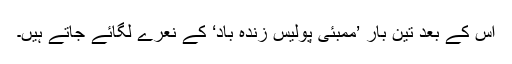
اس کے بعد تین بار ’ممبئی پولیس زندہ باد‘ کے نعرے لگائے جاتے ہیں۔